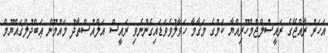
އަހަރު ރާއްޖޭގެ ރައީސުލްޖުމްހޫރިއްޔާ ކަމުގެ މަޤާމާ ހަވާލުވެވަޑައިގެންނެވި ރައީސް އަލްއުސްތާޛު މައުމޫން ޢަބްދުލްޤައްޔޫމް